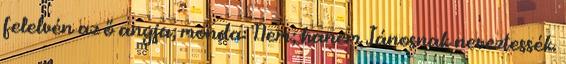
felelvén az ő anyja, monda: Nem; hanem Jánosnak neveztessék.